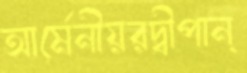
আর্মেনীয়রদ্বীপান্